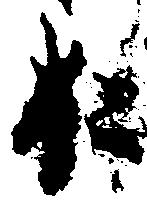
お